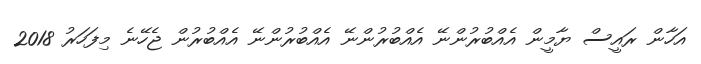
އަހާން ރައީސް ޔާމީން އެއްބުރުންނޭ އެއްބުރުންނޭ އެއްބުރުންނޭ އެއްބުރުން ޖެހޭނެ މިފަހަރު 2018